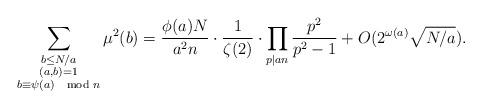
LaTeX: \begin{align*}\sum_{\substack{b\leq N/a\\ (a,b)=1\\ b\equiv\psi(a)\mod{n}}}\mu^2(b)=\frac{\phi(a)N}{a^2n}\cdot\frac{1}{\zeta(2)}\cdot\prod_{p\mid an}\frac{p^2}{p^2-1}+O(2^{\omega(a)}\sqrt{N/a}).\end{align*}